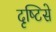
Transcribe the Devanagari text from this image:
दृष्‍टिसे